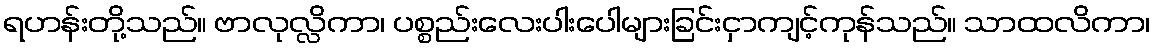
ရဟန်းတို့သည်။ ဗာလုလ္လိကာ၊ ပစ္စည်းလေးပါးပေါများခြင်းငှာကျင့်ကုန်သည်။ သာထလိကာ၊